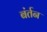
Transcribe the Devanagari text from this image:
बंर्तन